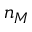
n _ { M }